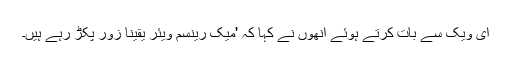
ای ویک سے بات کرتے ہوئے انھوں نے کہا کہ 'میک رینسم ویئر یقیناً زور پکڑ رہے ہیں۔